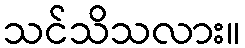
သင်သိသလား။